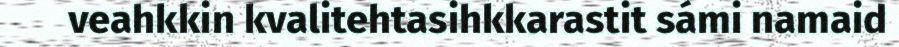
veahkkin kvalitehtasihkkarastit sámi namaid